Annual statistical returns and brief notes on vaccination in Bengal - 1887-1898
Year: 1887
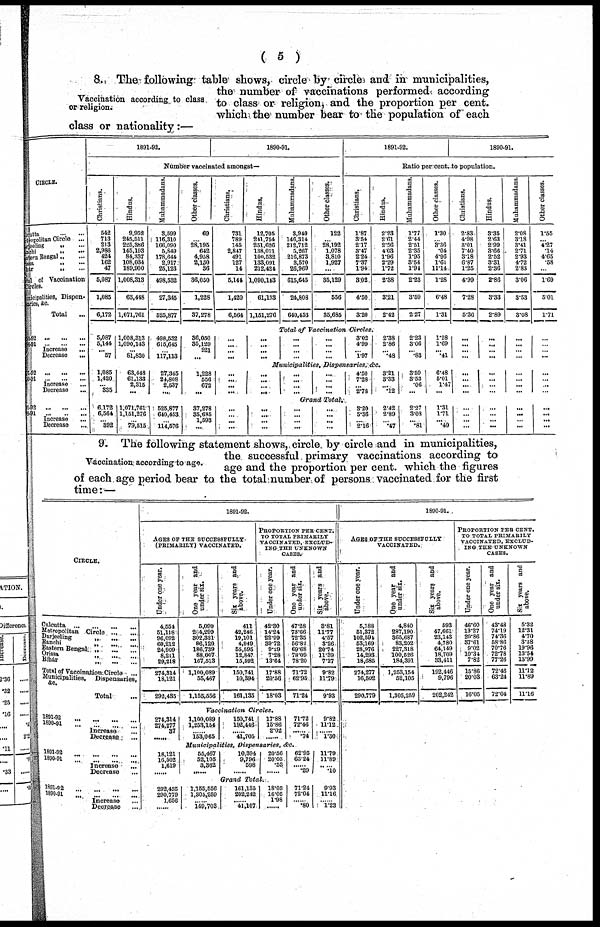
( 5 )
Vaccination according to class
or religion.
8. The following table shows, circle by circles and in municipalities,
the number of vaccinations performed according
to class or religion, and the proportion per cent.
which the number bear to the population of each
class or nationality:—
CIRCLE.
Culcutta ... ...
Metropolitan Circle ...
Darjeeling „ ...
Ranchi
„
...
Estern Bengal „ ...
Orissa „ ...
Bihar „ ...
Tot al of Vaccination
Circles.
Municipalities, Dispen-
saries, &c.
Total ...
91-92 ... ... ...
90-91 ... ... ...
Increase
...
Decrease
...
91-92 ... ... ...
90-91 ... ... ...
Increase
...
Decrease
...
91-92 ... ... ...
90-91 ... ... ...
Increase
...
Decrease ...
1891-92.
1890-91.
Number vaccinated amongst—
Christians.
542
713
213
2,986
424
162
47
5,087
1,085
6,172
Hindus.
9,952
245,511
225,386
145,193
84,337
108,034
189,900
1,008,313
63,448
1,071,761
Muhammadans.
3,599
116,310
166,090
5,849
178,644
2,917
25,123
498,532
27,345
525,877
Other classes.
69
...
28,195
642
4,958
2,150
36
36,050
1,228
37,278
Christians.
731
789
145
2,847
491
127
14
5,144
1,420
6,564
Hindus.
12,705
241,754
251,626
138,011
100,532
133,091
212,424
1,090,143
61,133
1,151,276
Muhammadans.
3,940
146,314
212,712
5,267
216,873
3,570
26,969
615,645
24,808
640,453
Other classes.
122
...
28,192
1,078
3,810
1,927
...
35,129
556
35,685
1891-92.
1890-91.
Ratio per cent.to population.
Christians.
1.87
3.54
2.17
3.47
2.24
7.37
1.94
3.02
4.50
3.20
Hindus.
2.23
2.61
2.56
4.03
1.96
2.29
1.72
2.38
3.21
2.42
Muhammadans.
1.77
2.44
2.51
2.35
1.95
3.54
1.94
2.23
3.59
2.27
Other classes.
1.30
...
3.36
.04
4.96
1.61
11.14
1.28
6.48
1.31
Christians.
2.83
4.98
3.01
7.40
3.18
6.87
1.25
4.99
7.28
5.36
Hindus.
3.35
2.63
2.99
3.66
2.52
3.31
2.36
2.86
3.33
2.89
Muhammadans.
2.08
3.18
3.41
2.71
2.93
4.72
2.83
3.06
3.53
3.08
Other classes.
1.55
...
4.27
.14
4.65
.58
...
1.69
5.01
1.71
Total of Vaccination Circles.
5,087
5,144
...
57
1,008,313
1,090,143
...
81,830
498,532
615,645
...
117,113
36,050
35,129
921
...
...
... ...
...
...
... ...
...
...
... ...
...
...
... ...
...
3.02
4.99
...
1.97
2.38
2.86
...
.48
2.23
3.06
...
.83
1.28
1.69
...
.41
...
... ...
...
...
... ...
...
...
... ...
...
...
...
...
...
Municipalities, Dispensaries, &c.
1,085
1,420
... 335
63,448
61,133
2,315
...
27,345
24,808
2,537
...
1,228
556
672
...
...
...
...
...
...
...
...
...
...
...
...
...
... ...
...
...
4.50
7.28
...
2.78
3.21
3.33
...
.12
3.59
3.53
.06
...
6.48
5.01
1.47
...
...
...
...
...
...
...
...
...
...
...
...
...
...
...
...
...
Grand Total.
6,172
6,564
...
...
1,071,761
1,151,276
...
79,515
525,877
640,453
...
114,576
37,278
85,685
1,593
...
...
... ...
...
...
...
...
...
...
...
...
...
...
...
...
...
3.20
5.36
...
2.16
2.42
2.89
... .47
2.27
3.08
...
.81
1.31
1.71
... .40
...
...
...
...
...
...
...
...
...
...
...
...
...
...
...
...
Vaccination according to age.
9. The following statement shows, circle by circle and in municipalities,
the successful primary vaccinations according to
age and the proportion per cent. which the figures
of each age period bear to the total number of persons vaccinated for the first
time: —
CIRCLE.
Calcutta... ... ... ...
Metropolitan Circle... ...
Darjeeling ,,
...
...
Ranchi ,, ... ...
Eastern Bengal „
...
...
Orissa ,, ... ...
Bihar ,,
...
...
Total of Vaccination Circle...
Municipalities, Dispensaries,
&c.
Total...
1891-92... ... ... ... ...
1890-91... ... ... ...
Increase...
Decrease... ... ... ...
1891-92... ... ... ... ...
1890-91...
...
...
...
...
Increase...
Decrease...
1891-92... ... ... ...
1890-91...
...
...
...
Increase... ...
Decrease... ... ...
1891-92.
AGES OF THE SUCCESSFULLY
(PRIMARILY) VACCINATED.
Under one year.
4,554
51,118
96,092
60,212
24,909
8,211
29,218
274,314
18,121
292,489
One year and
under six.
5,090
254,299
302,321
86,120
186,739
88,007
167,513
1,100,089
55,467
1,155,556
Six years and
above.
411
42,246
19,101
4,949
55,595
12,847
15,592
150,741
10,394
161,135
PROPORTION PER CENT.
TO TOTAL PRIMARILY
VACCINATED, EXCLUD-
ING THE UNKNOWN
CASES.
Under one year.
42.30
14.24
22.99
39.72
9.29
7.28
13.64
17.88
20.66
18.03
One year and
under six.
47.28
73.66
72.35
56.82
69.68
78.09
78.20
71.72
62.95
71.24
Six years and
above.
3.81
11.77
4.57
3.26
20.74
11.39
7.27
9.82
11.79
9.93
Vaccination
Circles.
274,314
274,277
37
......
1,100,089
1,253,154
153,065
150,741
192,446
41,705
17.88
15.86
2.02
......
71.72
72.46
......
.74
9.82
11.12
......
1.30
Municipalities, Dispensaries, &c.
18,121
16,502
1,619
......
55,467
52,105
3,362
......
10,394
9,796
598
......
20.56
20.03
.53
......
62.95
63.24
......
.29
11.79
11.89
.10
Grand Total.
292,435
290,779
1,656
......
1,155,556
1,305,259
......
149,703
161,135
202,242
......
41,107
18.03
16.05
1.98
......
71.24
72.04
......
.80
9.93
11.16
......
1.23
1890-91.
AGES OF THE SUCCESSFULLY
VACCINATED.
Under one year.
5,188
51,372
102,594
53,169
28,976
14,293
18,685
274,277
16,502
290,779
One year and
under six.
4,840
287,190
365,687
83,202
227,318
100,526
184,391
1,253,154
52,105
1,305,259
Six years and
above.
593
47,661
23,143
4,780
64,149
18,709
33,411
192,446
9,796
202,242
PROPORTION PER CENT.
TO TOTAL PRIMARILY
VACCINATED, EXCLUD-
ING THE UNKNOWN
CASES.
Under one year.
46.60
13.27
20.86
37.61
9.02
10.34
7.82
15.86
20.03
16.05
One year and
under six.
43.48
74.19
74.36
58.86
70.76
72.78
77.26
72.46
63.24
72.04
Six years and
above.
5.32
12.31
4.70
3.38
19.96
13.54
13.99
11.12
11.89
11.16